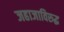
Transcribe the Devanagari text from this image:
जहाजाविरुद्ध